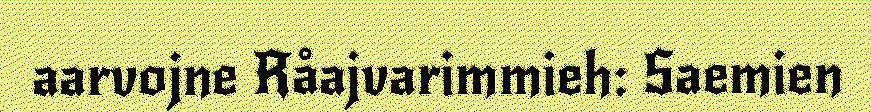
aarvojne Råajvarimmieh: Saemien